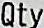
QTY